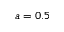
a = 0 . 5